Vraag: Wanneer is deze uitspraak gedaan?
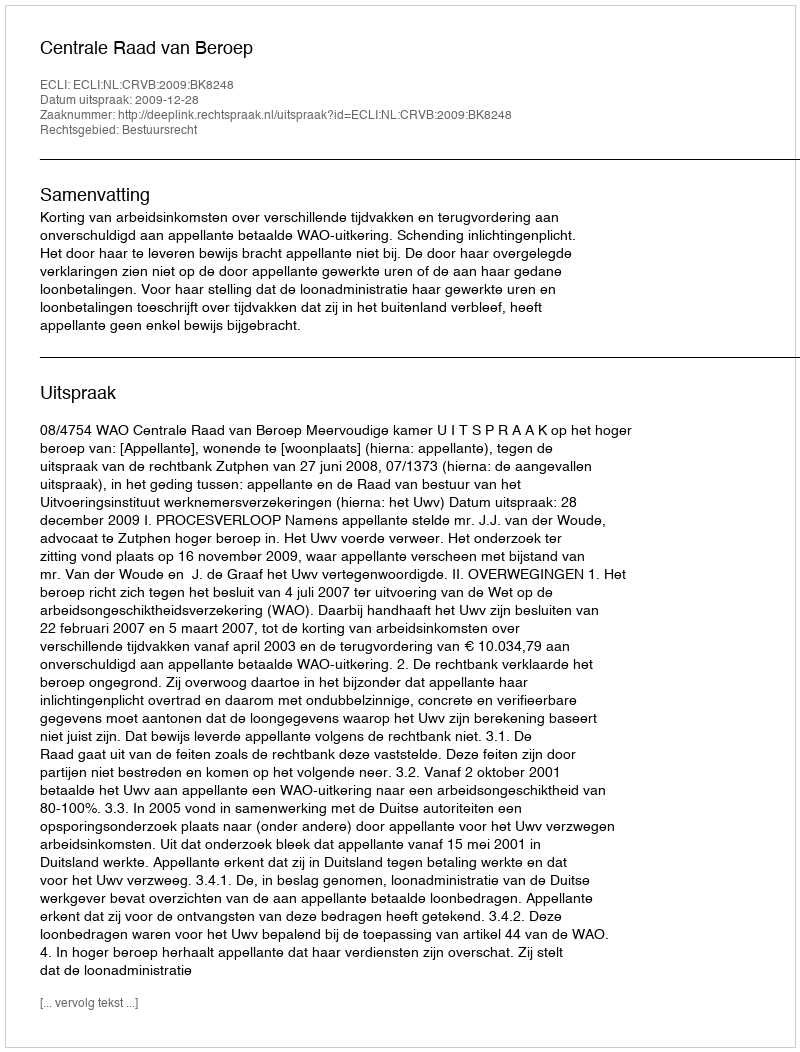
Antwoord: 2009-12-28